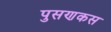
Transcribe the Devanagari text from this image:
पुसणकस